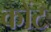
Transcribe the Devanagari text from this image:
कोंट